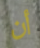
أن